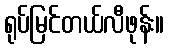
ရုပ်မြင်တယ်လီဖုန်း။